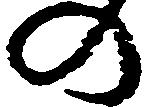
の